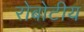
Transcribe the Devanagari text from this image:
रोबोटीय